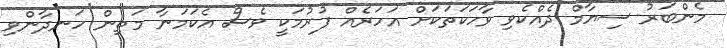
މެންބަރު ސިޔާމް ދެއްކެވި ވާހަކަތަކަށް އަހަރެއް ފުރުމަކީ ވެސް އެކަމަނާ މަތިން ހަނދާންވި